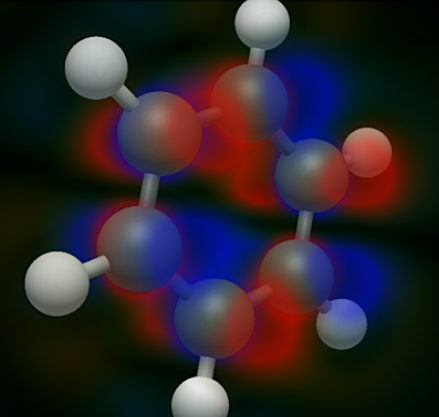
avogadro, ball and sticks, mesh, orbital